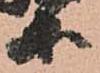
等